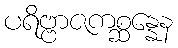
ပရိဗ္ဗာဇကစ္ဆန္နေန